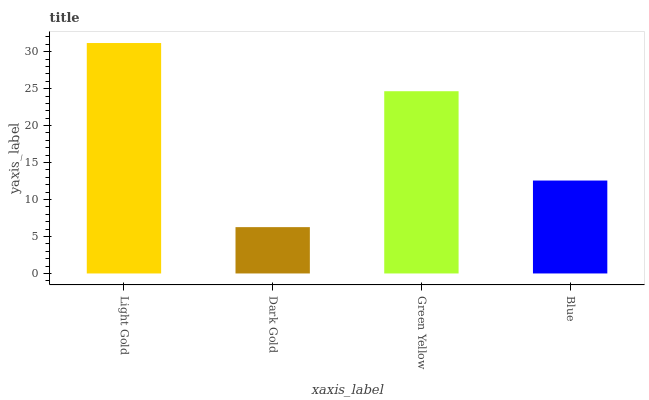
| xaxis_label | bars |
 | --- | --- |
 | Light Gold | 31.2 |
 | Dark Gold | 6.27 |
 | Green Yellow | 24.6 |
 | Blue | 12.6 |